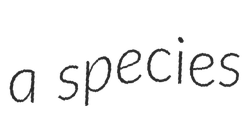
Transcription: a species